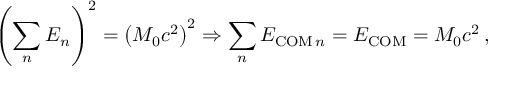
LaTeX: \left( \sum _ { n } E _ { n } \right) ^ { 2 } = \left( M _ { 0 } c ^ { 2 } \right) ^ { 2 } \Rightarrow \sum _ { n } E _ { \mathrm { C O M } \, n } = E _ { \mathrm { C O M } } = M _ { 0 } c ^ { 2 } \, ,